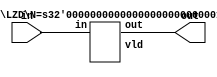
module LZD_N (in, out);

  function [31:0] log2;
    input reg [31:0] value;
    begin
      value = value-1;
      for (log2=0; value>0; log2=log2+1)
	value = value>>1;
    end
  endfunction

parameter N = 64;
parameter S = log2(N); 
input [N-1:0] in;
output [S-1:0] out;

wire vld;
LZD #(.N(N)) l1 (in, out, vld);
endmodule


module LZD (in, out, vld);

  function [31:0] log2;
    input reg [31:0] value;
    begin
      value = value-1;
      for (log2=0; value>0; log2=log2+1)
	value = value>>1;
    end
  endfunction


parameter N = 64;
parameter S = log2(N);

   input [N-1:0] in;
   output [S-1:0] out;
   output vld;

  generate
    if (N == 2)
      begin
	assign vld = ~&in;
	assign out = in[1] & ~in[0];
      end
    else if (N & (N-1))
      LZD #(1<<S) LZD ({1<<S {1'b0}} | in,out,vld);
    else
      begin
	wire [S-2:0] out_l;
	wire [S-2:0] out_h;
	wire out_vl, out_vh;
	LZD #(N>>1) l(in[(N>>1)-1:0],out_l,out_vl);
	LZD #(N>>1) h(in[N-1:N>>1],out_h,out_vh);
	assign vld = out_vl | out_vh;
	assign out = out_vh ? {1'b0,out_h} : {out_vl,out_l};
      end
  endgenerate
endmodule